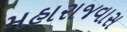
મહારાજવાસ